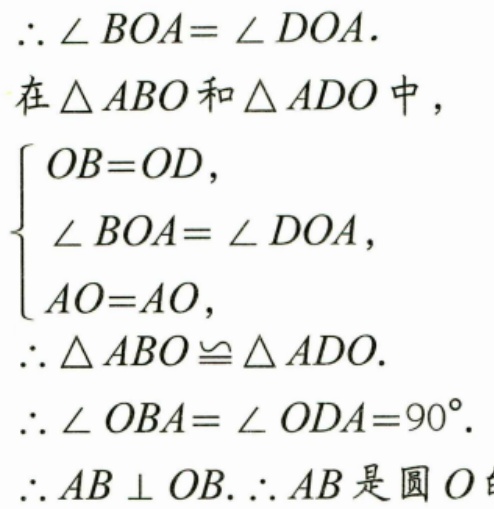
\(\therefore \angle BOA = \angle DOA.\)
在\(\triangle ABO\)和\(\triangle ADO\)中，
\(\begin{cases}
OB = OD,\\
\angle BOA = \angle DOA,\\
AO = AO,
\end{cases}\)
\(\therefore \triangle ABO\cong\triangle ADO.\)
\(\therefore \angle OBA=\angle ODA = 90^{\circ}.\)
\(\therefore AB\perp OB.\therefore AB\)是圆\(O\)的